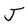
Character: J